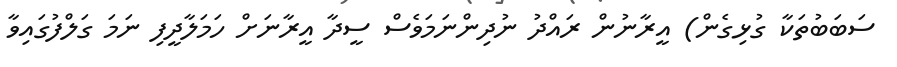
ސަބަބުތަކާ ގުޅިގެން) އީރާނުން ރައްދު ނުދިންނަމަވެސް ސީދާ އީރާނަށް ހަމަލާދީފި ނަމަ ގަލްފުގައިވާ